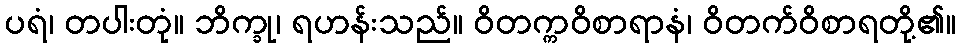
ပရံ၊ တပါးတုံ။ ဘိက္ခု၊ ရဟန်းသည်။ ဝိတက္ကဝိစာရာနံ၊ ဝိတက်ဝိစာရတို့၏။